Vabadussoja_Ajaloo_Komitee, lk 18
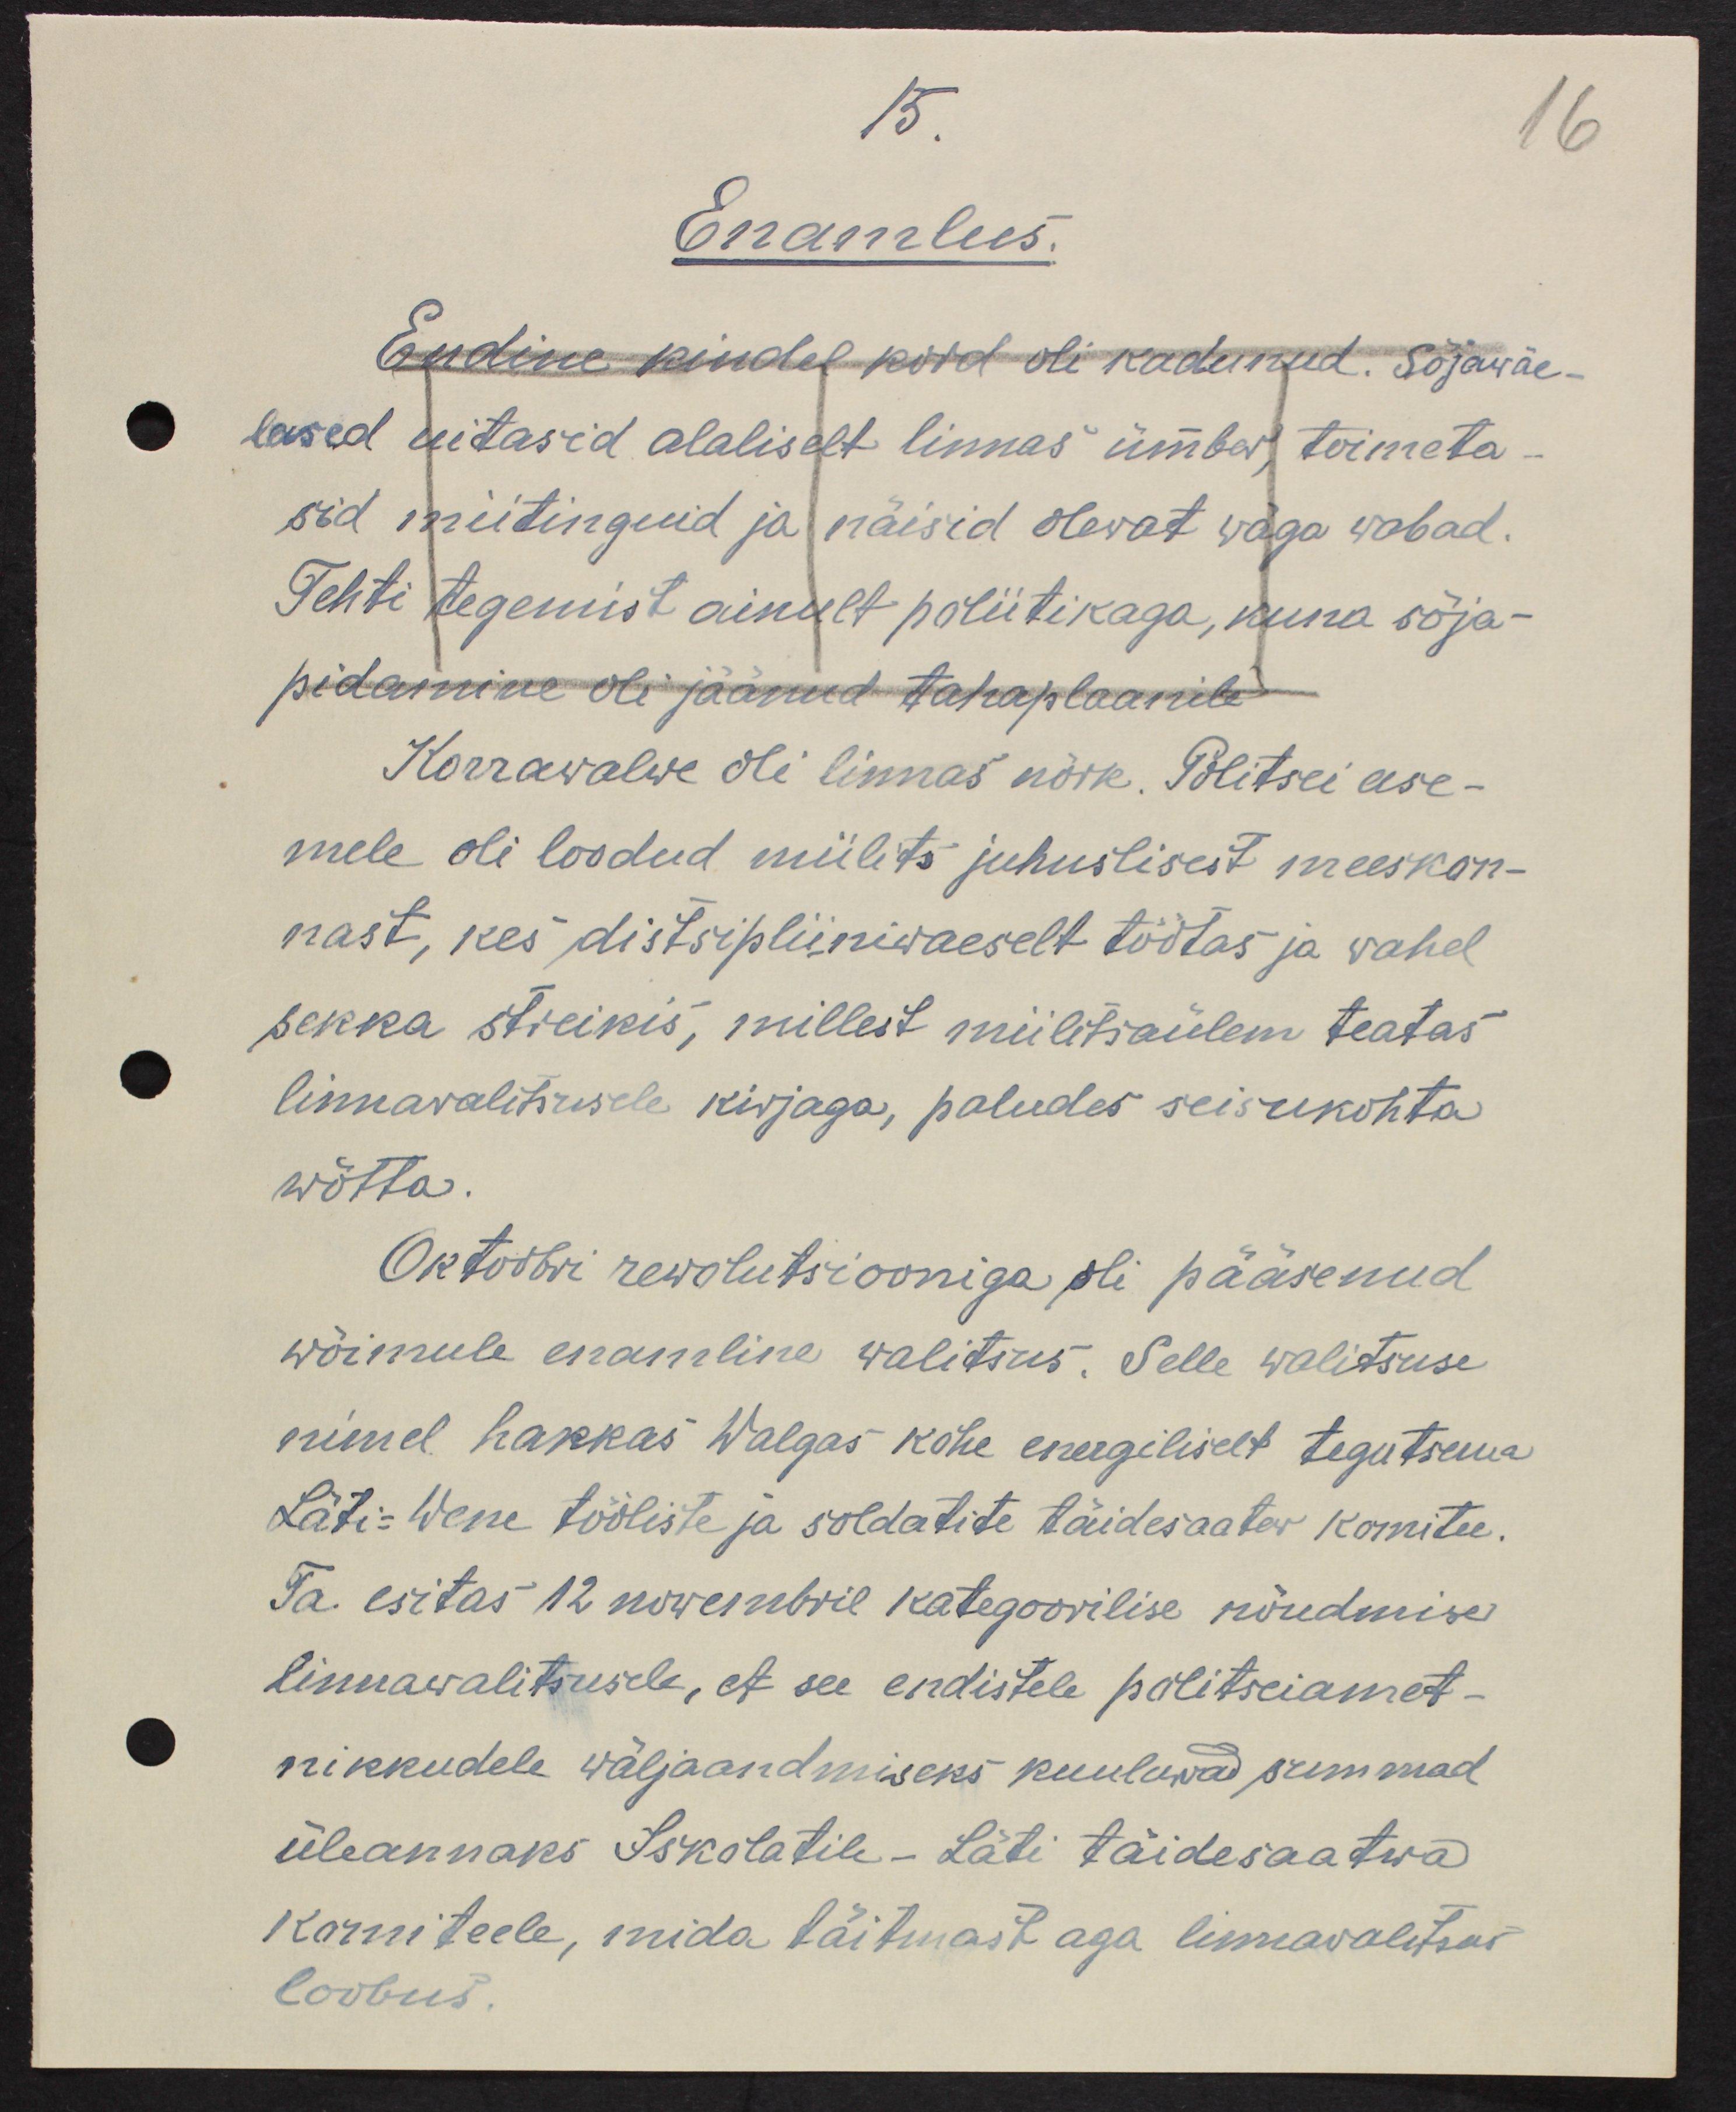
15
Enamlus.
Endine kindel kord oli kadunud. Sõjawäe-
lased uitasid alaliselt linnas ümber, toimeta-
sid miitinguid ja näisid olewat wäga wabad.
Tehti tegemist ainult poliitikaga, kuna sõja-
pidamine oli jäänud tahaplaanile.
Korrawalwe oli linnas nõrk. Politsei ase-
mele oli loodud miilits juhuslisest meeskon-
nast, kes distsipliiniwaeselt töötas ja wahel
sekka streikis, millest miilitsaülem teatas
linnawalitsusele kirjaga, paludes seisukohta
wõtta.
Oktoobri rewolutsiooniga oli pääsenud
wõimule enamline walitsus. Selle walitsuse 
nimel hakkas Walgas kohe energiliselt tegutsema
Läti-Wene tööliste ja soldatite täidesaatew komitee.
ta esitas 12 nowembril kategoorilise nõudmise
linnawalitsusele, et see endistele politseiamet-
nikkudele wäljaandmiseks kuuluwad summad
üleannaks Iskolatile - Läti täidesaatwa
komiteele, mida täitmast aga linnawalitsus
loobus.